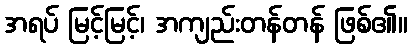
အရပ် မြင့်မြင့်၊ အကျည်းတန်တန် ဖြစ်၏။